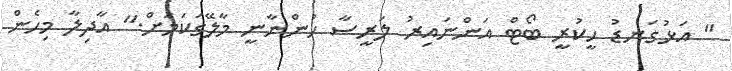
" އަޅުގަނޑު ހީކުރީ ބޯޓް އަންނައިރު ލަރީސާ ހުންނާނީ މާލޭގަކަމަށް." އާދިލާ މިހެން